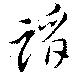
蹈